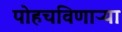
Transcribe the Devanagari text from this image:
पोहचविणाऱ्या